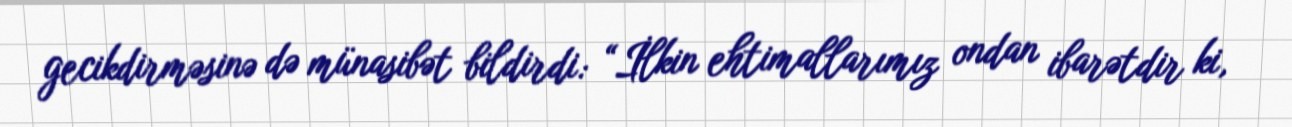
gecikdirməsinə də münasibət bildirdi: “İlkin ehtimallarımız ondan ibarətdir ki,